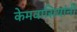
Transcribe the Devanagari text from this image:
केमवासियांनी